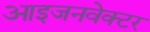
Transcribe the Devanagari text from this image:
आइजनवेक्टर